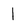
Character: l